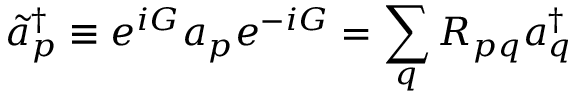
\tilde { a } _ { p } ^ { \dagger } \equiv e ^ { i G } a _ { p } e ^ { - i G } = \sum _ { q } R _ { p q } a _ { q } ^ { \dagger }